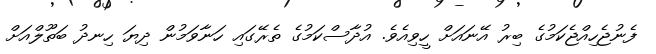
ފެނުޖެހިއްޖެކަމުގެ ބިރު އޭނައަށް ހީވިއެވެ. އުދާސްކަމުގެ ތެރޭގައި ހަނާވަމުން ދިޔަ ހިނދު ބަތޫލްއަށް